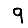
Digit: 9